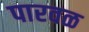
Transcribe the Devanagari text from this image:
पारवळ